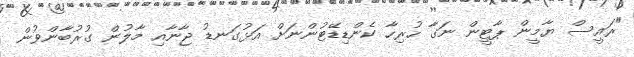
"ރައީސް ޔާމީން ޕާޓީން ނަގާ ހުރިހާ ކެންޑިޑޭޓުންނަށް އަޅުގަނޑު ޖާނާއި މާލުން ގުރުބާންވުން